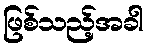
ဖြစ်သည့်အခါ